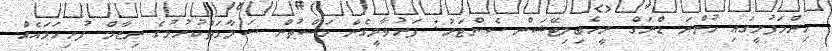
ހިންމަފުށީގައި ހުންނަ ޑްރަގް ރީހެބިލިޓޭޝަން ސެންޓަރު: ފަރުވާދީގެން މަސްތުން ސަލާމަތްކުރުމުގެ ނިޒާމް ފުރިހަމައެއް